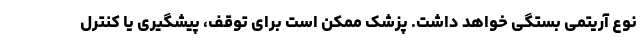
نوع آریتمی بستگی خواهد داشت. پزشک ممکن است برای توقف، پیشگیری یا کنترل